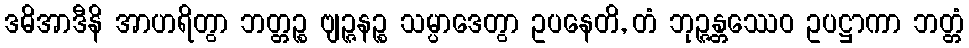
ဒဓိအာဒီနိ အာဟရိတွာ ဘတ္တဉ္စ ဗျဉ္ဇနဉ္စ သမ္ပာဒေတွာ ဥပနေတိ, တံ ဘုဉ္ဇန္တဿေဝ ဥပဋ္ဌာကာ ဘတ္တံ